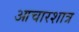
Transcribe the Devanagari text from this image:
आचारशात्र